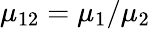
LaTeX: \displaystyle\mu_{12}=\mu_{1}/\mu_{2}